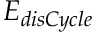
E _ { d i s C y c l e }